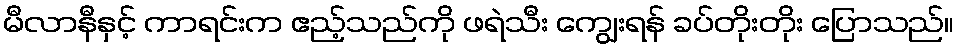
မီလာနီနှင့် ကာရင်းက ဧည့်သည်ကို ဖရဲသီး ကျွေးရန် ခပ်တိုးတိုး ပြောသည်။